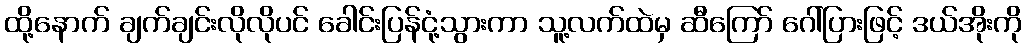
ထို့နောက် ချက်ချင်းလိုလိုပင် ခေါင်းပြန်ငုံ့သွားကာ သူ့လက်ထဲမှ ဆီကြော် ဂေါ်ပြားဖြင့် ဒယ်အိုးကို